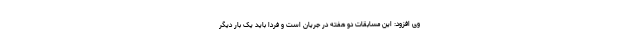
وی افزود: این مسابقات دو هفته در جریان است و فردا باید یک بار دیگر